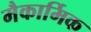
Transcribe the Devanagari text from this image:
मैकार्मिक